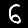
Label: 6